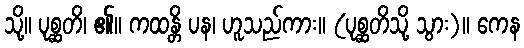
သို့။ ပုစ္ဆတိ၊ ၏။ ကထန္တိ ပန၊ ဟူသည်ကား။ (ပုစ္ဆတိသို့ သွား)။ ကေန